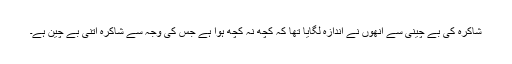
شاکرہ کی بے چینی سے اُنھوں نے اندازہ لگایا تھا کہ کچھ نہ کچھ ہوا ہے جس کی وجہ سے شاکرہ اِتنی بے چین ہے۔